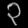
Digit: ၃